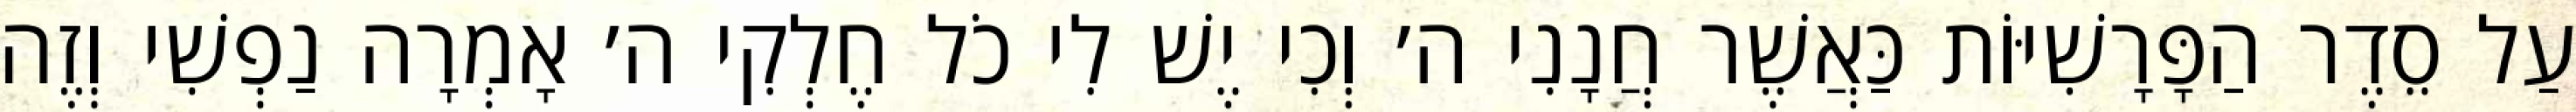
עַל סֵדֶר הַפָּרָשִׁיּוֹת כַּאֲשֶׁר חֲנָנִי ה׳ וְכִי יֶשׁ לִי כֹל חֶלְקִי ה׳ אָמְרָה נַפְשִׁי וְזֶה